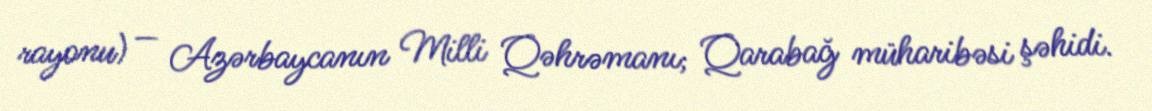
rayonu) — Azərbaycanın Milli Qəhrəmanı; Qarabağ müharibəsi şəhidi.